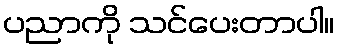
ပညာကို သင်ပေးတာပါ။